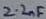
Text: 2.2nF